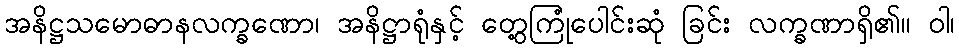
အနိဋ္ဌသမောဓာနလက္ခဏော၊ အနိဋ္ဌာရုံနှင့် တွေ့ကြုံပေါင်းဆုံ ခြင်း လက္ခဏာရှိ၏။ ဝါ၊